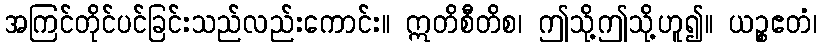
အကြင်တိုင်ပင်ခြင်းသည်လည်းကောင်း။ ဣတိစီတိစ၊ ဤသို့ဤသို့ဟူ၍။ ယဉ္စဧတံ၊